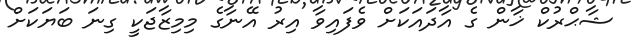
ޝާޙްރުކް ޚާން ގެ އާދައަކަށް ވެފައިވާ އިރު އޭނާގެ މިމިޒާޖަކީ ގިނަ ބަޔަކަށް